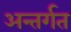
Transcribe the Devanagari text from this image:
अन्तर्गत